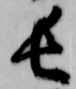
長